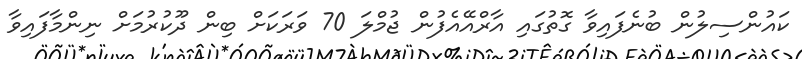
ކައުންސިލުން ބުނެފައިވާ ގޮތުގައި އާރްއޭއެފުން ޖުމްލަ 70 ވަރަކަށް ބިން ދޫކުރުމަށް ނިންމާފައިވާ